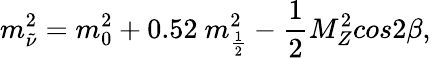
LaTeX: m_{\tilde{\nu}}^{2}=m_{0}^{2}+0.52~m_{\frac{1}{2}}^{2}-{\frac{1}{2}}M_{Z}^{2}cos2\beta,